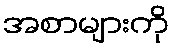
အစာများကို